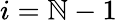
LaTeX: i=\mathbb{N}-1